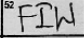
Transcription: FIW